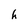
Character: h